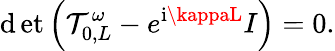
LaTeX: \operatorname*{\mathrm{d}et}\left(\mathcal{T}_{0,L}^{\omega}-e^{\mathrm{{i}}\kappaL}I\right)=0.